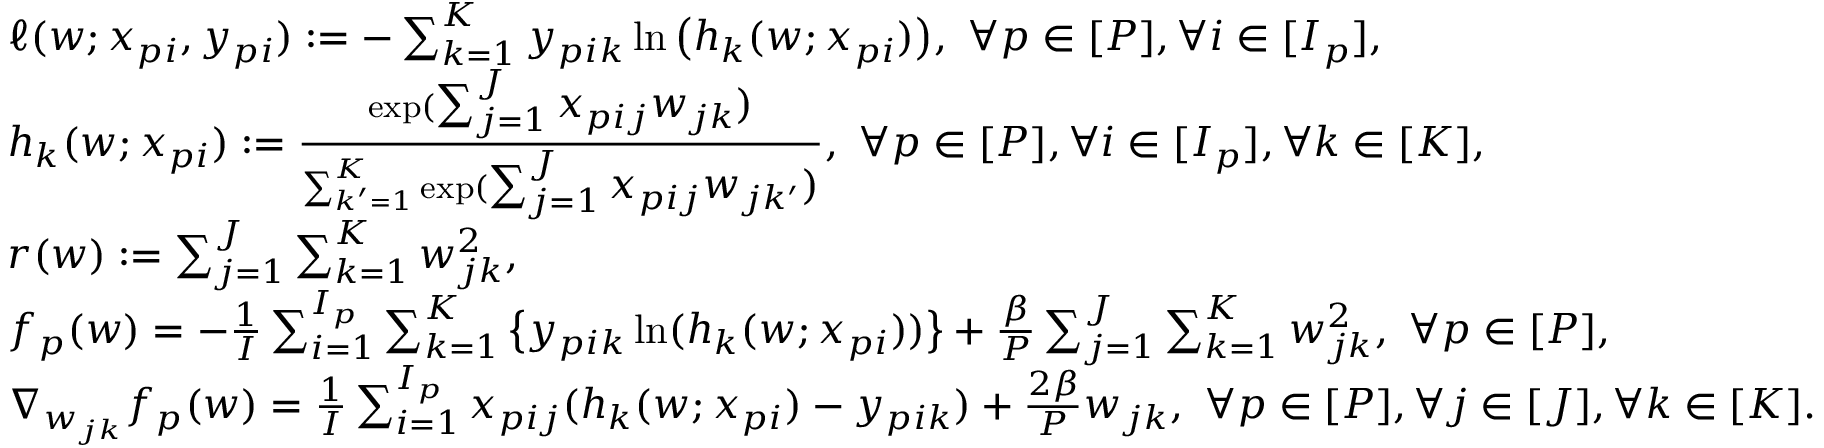
\begin{array} { r l } & { \ell ( w ; x _ { p i } , y _ { p i } ) : = - \textstyle \sum _ { k = 1 } ^ { K } y _ { p i k } \ln \big ( h _ { k } ( w ; x _ { p i } ) \big ) , \ \forall p \in [ P ] , \forall i \in [ I _ { p } ] , } \\ & { h _ { k } ( w ; x _ { p i } ) : = \frac { \exp ( \textstyle \sum _ { j = 1 } ^ { J } x _ { p i j } w _ { j k } ) } { \sum _ { k ^ { \prime } = 1 } ^ { K } \exp ( \textstyle \sum _ { j = 1 } ^ { J } x _ { p i j } w _ { j k ^ { \prime } } ) } , \ \forall p \in [ P ] , \forall i \in [ I _ { p } ] , \forall k \in [ K ] , } \\ & { r ( w ) : = \textstyle \sum _ { j = 1 } ^ { J } \sum _ { k = 1 } ^ { K } w _ { j k } ^ { 2 } , } \\ & { f _ { p } ( w ) = \textstyle - \frac { 1 } { I } \sum _ { i = 1 } ^ { I _ { p } } \sum _ { k = 1 } ^ { K } \big \{ y _ { p i k } \ln ( h _ { k } ( w ; x _ { p i } ) ) \big \} + \frac { \beta } { P } \sum _ { j = 1 } ^ { J } \sum _ { k = 1 } ^ { K } w _ { j k } ^ { 2 } , \ \forall p \in [ P ] , } \\ & { \nabla _ { w _ { j k } } f _ { p } ( w ) = \textstyle \frac { 1 } { I } \sum _ { i = 1 } ^ { I _ { p } } x _ { p i j } ( h _ { k } ( w ; x _ { p i } ) - y _ { p i k } ) + \frac { 2 \beta } { P } w _ { j k } , \ \forall p \in [ P ] , \forall j \in [ J ] , \forall k \in [ K ] . } \end{array}